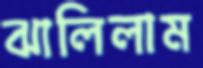
ঝালিলাম